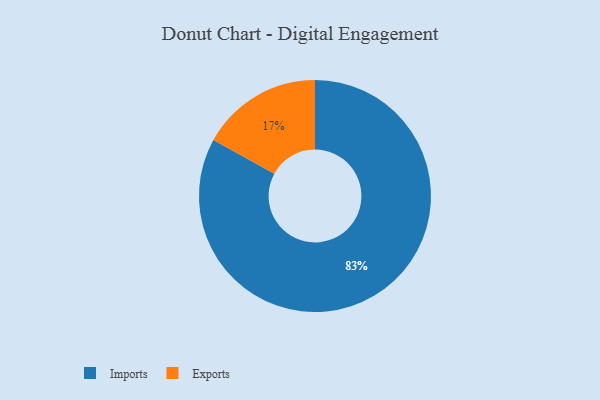
{"axis": {"x": "Category", "y": "Percentage"}, "legend": ["Exports", "Imports"], "data": [{"x": "Exports", "y": 17, "type": "Exports"}, {"x": "Imports", "y": 83, "type": "Imports"}]}